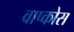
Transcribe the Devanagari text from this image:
वाप्कोस